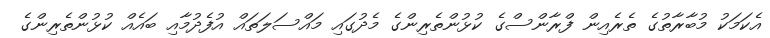
އެކަމަކު މުބާރާތުގެ ތެރެއިން ފްރާންސްގެ ކުޅުންތެރިންގެ މެދުގައި މައްސަލަތައް އުފެދުމާއި ބައެއް ކުޅުންތެރިންގެ